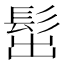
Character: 𩬢